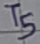
Text: T5